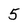
Character: 5